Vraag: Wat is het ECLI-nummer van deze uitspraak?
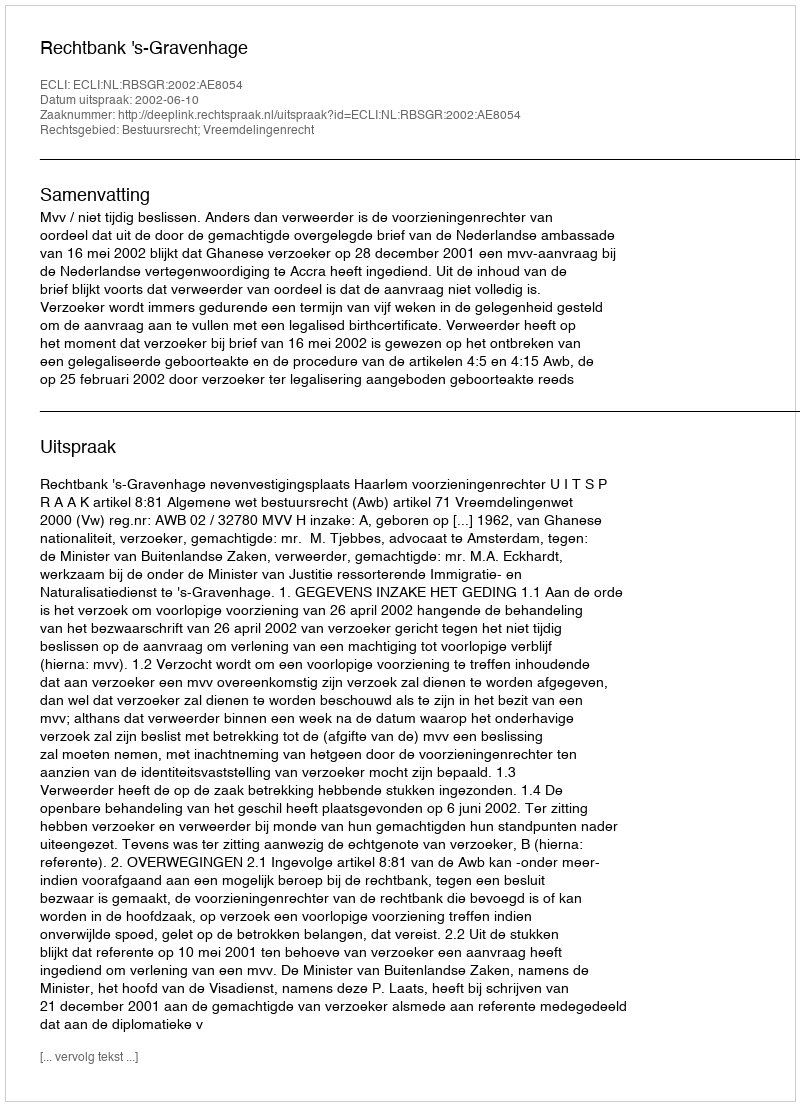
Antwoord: ECLI:NL:RBSGR:2002:AE8054